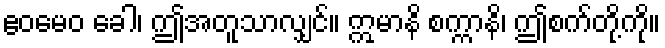
ဧဝမေဝ ခေါ၊ ဤအတူသာလျှင်။ ဣမာနိ စက္ကာနိ၊ ဤစက်တို့ကို။